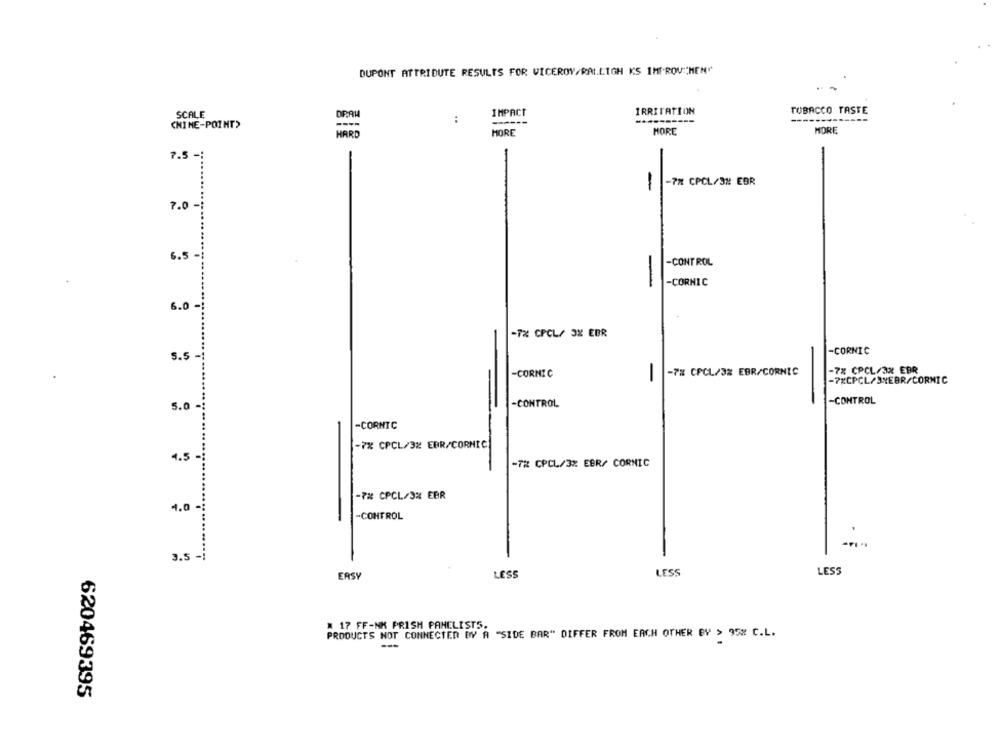
DUPONT ATTRIBUTE RESULTS FOR VICEROY/RAL.LIGH KS IMPROV: MEN"
SCALE
IMPACT
IRRITATION
TOBACCO TASTE
:
(NINE-POINT>
HORE
MORE
MORE
7.5 -:
-7% CPCL/3% EBR
-
7.0 -
.. ....
6.5 -
-CONTROL
-
-
-CORNIC
6.0
-7% CPCL/ 3% EBR
-CORNIC
5.5
-CORNIC
-7% CPCL/3% EBR/CORNIC
-7% CPCL/3x EBR
-7%CPCL/3YEBR/CORNIC
5.0-
-CONTROL
-CONTROL
-CORNTC
-7% CPCL/3% EBR/CORNIC
4.5 -
-TR CPCL/3% EBR/ CORNIC
-7% CPCL/3% EBR
4.0 -
-CONTROL
3.5 -
LESS
ERSY
LESS
LESS
17 FF-NK PRISM PANELISTS.
PRODUCTS NOT CONNECTED BY A "SIDE BAR" DIFFER FROM EACH OTHER BY > 95% C.L.
620469395